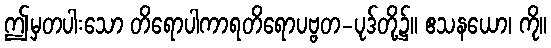
ဤမှတပါးသော တိရောပါကာရတိရောပဗ္ဗတ-ပုဒ်တို့၌။ ဧသနယော၊ ကို။